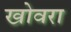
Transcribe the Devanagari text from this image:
खोवरा